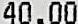
40.00